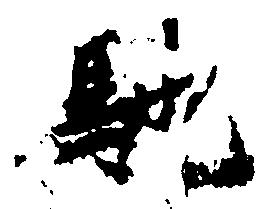
馳